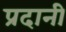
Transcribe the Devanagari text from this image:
प्रदानी